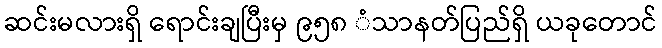
ဆင်းမလားရှိ ရောင်းချပြီးမှ ၉၅၈ ံသာနတ်ပြည်ရှိ ယခုတောင်